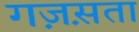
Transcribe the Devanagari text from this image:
गज़स़ता